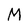
Character: M